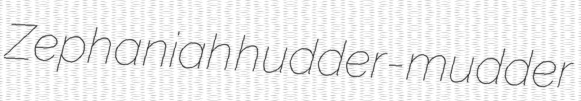
Zephaniah hudder-mudder